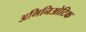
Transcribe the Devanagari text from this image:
अमिनिओटिक